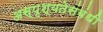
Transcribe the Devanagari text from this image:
अस्पृश्यतेसंबंधी